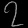
Digit: ၇